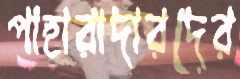
পাহারাদারদের